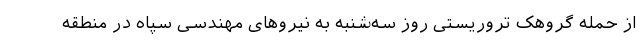
از حمله گروهک تروریستی روز سه‌شنبه به نیروهای مهندسی سپاه در منطقه